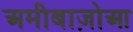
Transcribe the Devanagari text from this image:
अमीबाज़ोआ